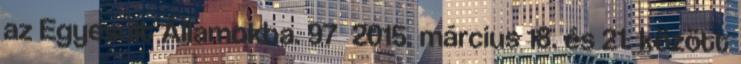
az Egyesült Államokba. 97 2015. március 18. és 21. között